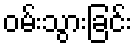
ဝမ်းသွားခြင်း